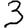
Digit: 3